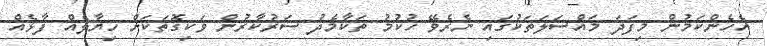
އެހެންކަމުން މިފަދަ މައްސަލަތަކުގައި ނެރެވޭ ހުކުމު ތަކާމެދު ސަރުކާރުން ވަކިގޮތަކަށް ހިޔާލެއް ފާޅެއް